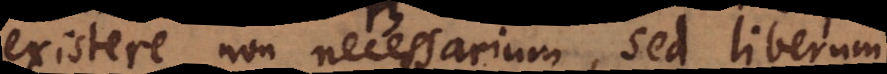
existere non necessarium, sed liberum